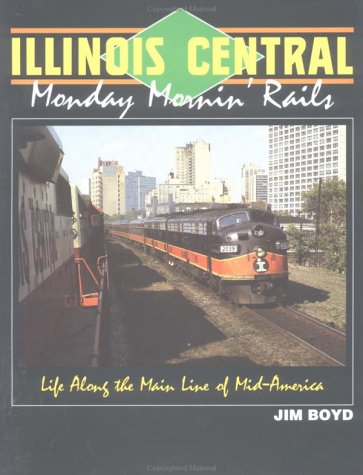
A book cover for Illinois Central: Monday Mornin' Rails; Jim Boyd; Arts & Photography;